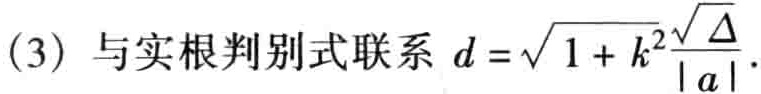
(3) 与实根判别式联系 \(d = \sqrt{1 + k^{2}}\frac{\sqrt{\Delta}}{\vert a\vert}\).